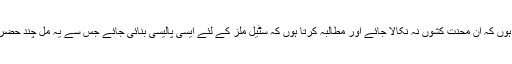
انہوں نے مزید کہا کہ، ’میں اس ایوان کے ذریعے اپیل کرتا ہوں کہ ان محنت کشوں نہ نکالا جائے اور مطالبہ کرتا ہوں کہ سٹیل ملز کے لئے ایسی پالیسی بنائی جائے جس سے یہ مل چند حضرات کے منافع کی بجائے اجتماعی منافع بخش ادارہ بن جائے۔